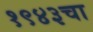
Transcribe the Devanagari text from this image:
१९४३चा